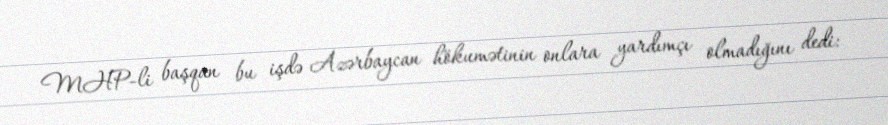
MHP-li başqan bu işdə Azərbaycan hökumətinin onlara yardımçı olmadığını dedi: